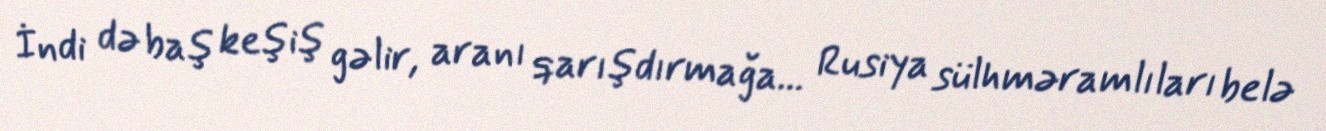
İndi də baş keşiş gəlir, aranı qarışdırmağa... Rusiya sülhməramlıları belə